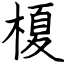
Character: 榎